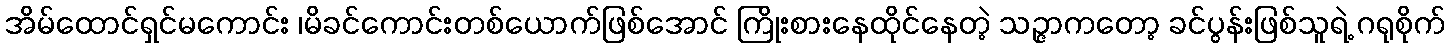
အိမ်ထောင်ရှင်မကောင်း ၊မိခင်ကောင်းတစ်ယောက်ဖြစ်အောင် ကြိုးစားနေထိုင်နေတဲ့ သဉ္ဇာကတော့ ခင်ပွန်းဖြစ်သူရဲ့ ဂရုစိုက်